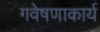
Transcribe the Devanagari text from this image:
गवेषणाकार्य